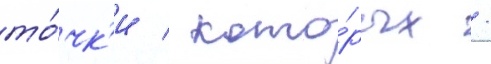
то́чк'и / кото́рых /